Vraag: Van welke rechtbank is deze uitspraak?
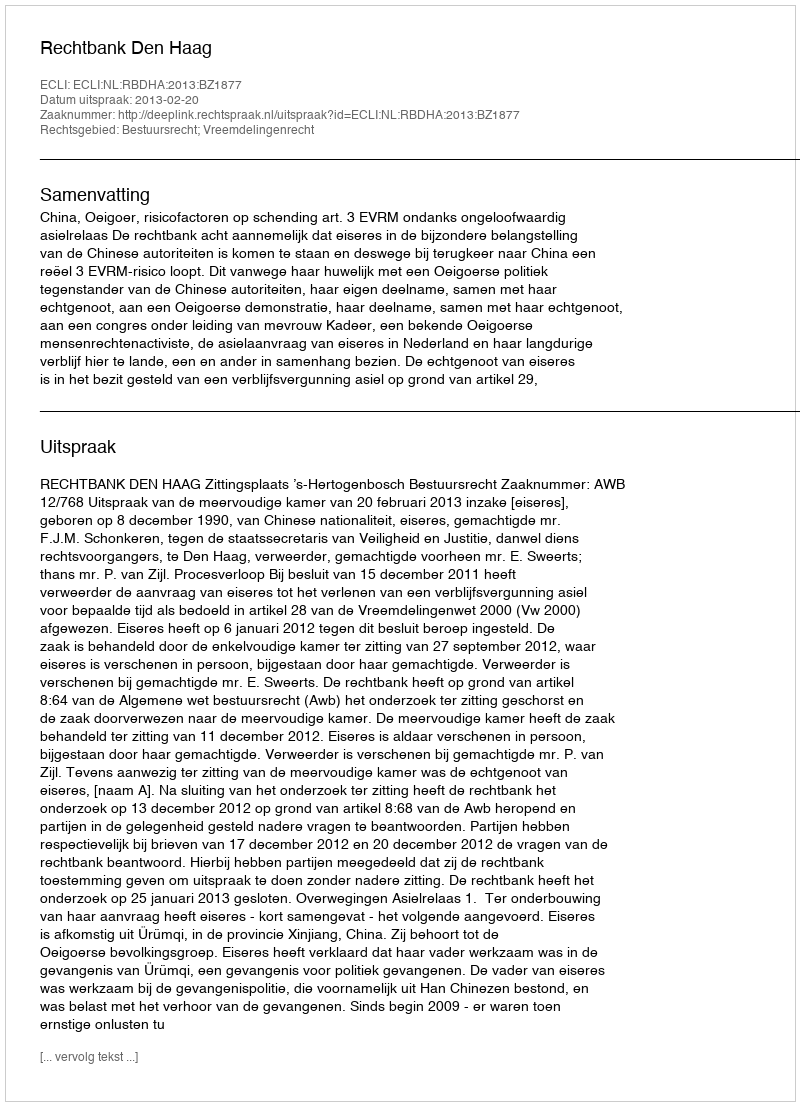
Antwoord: Rechtbank Den Haag